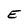
Character: E